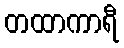
တထာကာရီ